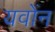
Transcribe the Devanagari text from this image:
यवोंन